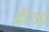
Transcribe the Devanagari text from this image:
ह्रीआ